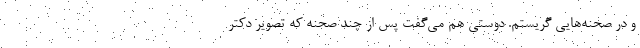
و در صحنه‌هایی گریستم. دوستی هم می‌گفت پس از چند صحنه که تصویر دکتر